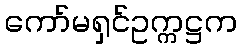
ကော်မရှင်ဥက္ကဋ္ဌက